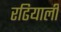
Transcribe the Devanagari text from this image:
रढियाली